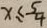
x \leq \frac { 5 } { 4 }